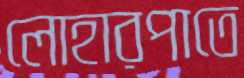
লোহারপাতে